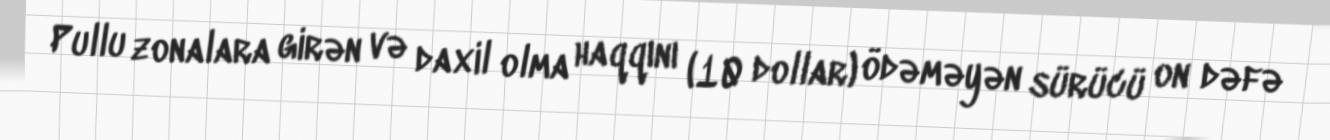
Pullu zonalara girən və daxil olma haqqını (10 dollar) ödəməyən sürücü on dəfə